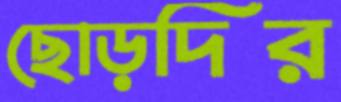
ছোড়দির